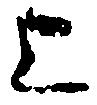
上